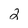
Character: 2